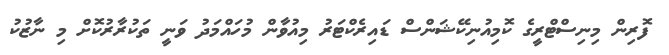
ފޮރިން މިނިސްޓްރީގެ ކޮމިއުނިކޭޝަންސް ޑައިރެކްޓަރު މިއުވާން މުހައްމަދު ވަނީ ތަކުރާރުކޮށް މި ނާޒުކު